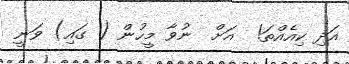
އަދި ކިއެއްތަ!  އަށް  ނުވާ މީހުން ( ގައި) ވަނީ